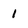
Character: 1